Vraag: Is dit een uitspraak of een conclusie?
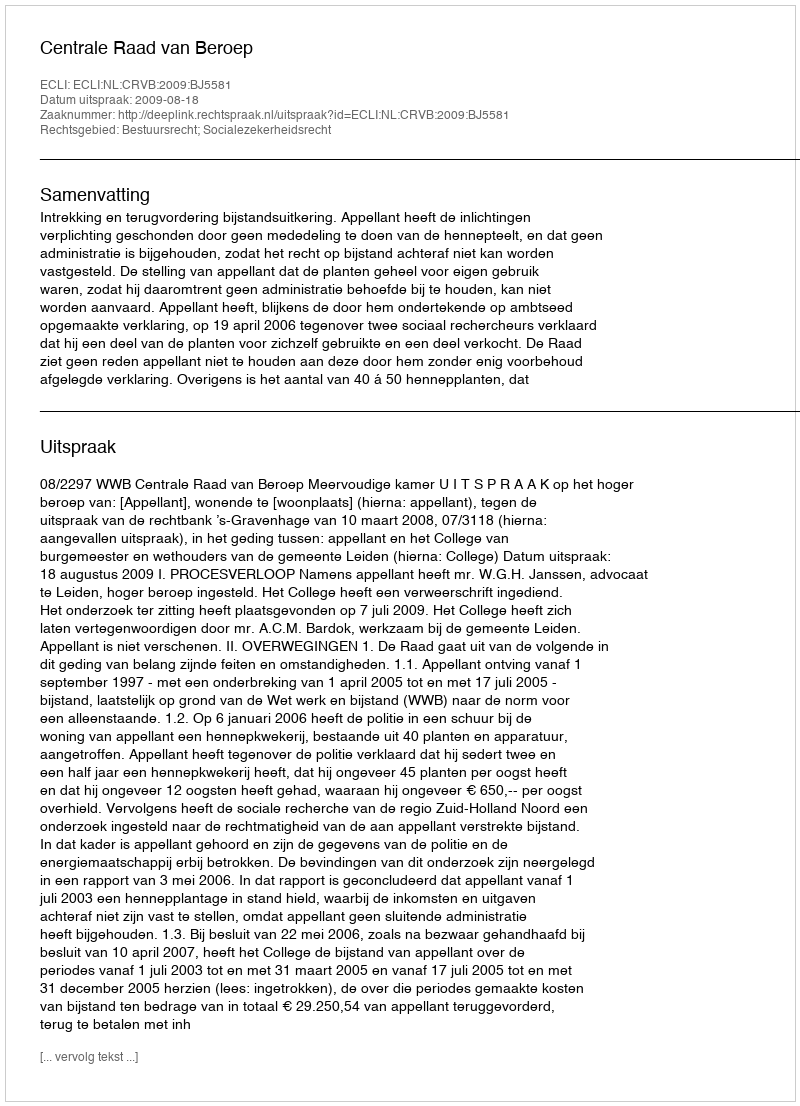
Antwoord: Uitspraak